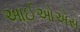
આઈઓએસ